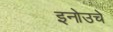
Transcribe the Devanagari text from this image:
इनोउचे